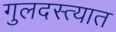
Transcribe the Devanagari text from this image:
गुलदस्त्यात